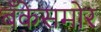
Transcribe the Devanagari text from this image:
बँकेसमोर